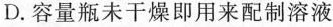
D.容量瓶未干燥即用来配制溶液